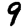
Digit: 9